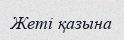
Жеті қазына